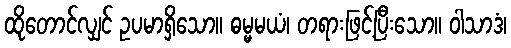
ထိုတောင်လျှင် ဥပမာရှိသော။ ဓမ္မမယံ၊ တရားဖြင့်ပြီးသော။ ဝါသာဒံ၊